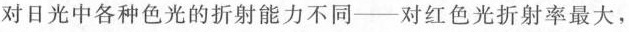
对日光中各种色光的折射能力不同——对红色光折射率最大，